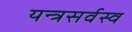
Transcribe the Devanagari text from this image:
यन्त्रसर्वस्व